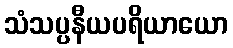
သံသပ္ပနီယပရိယာယော